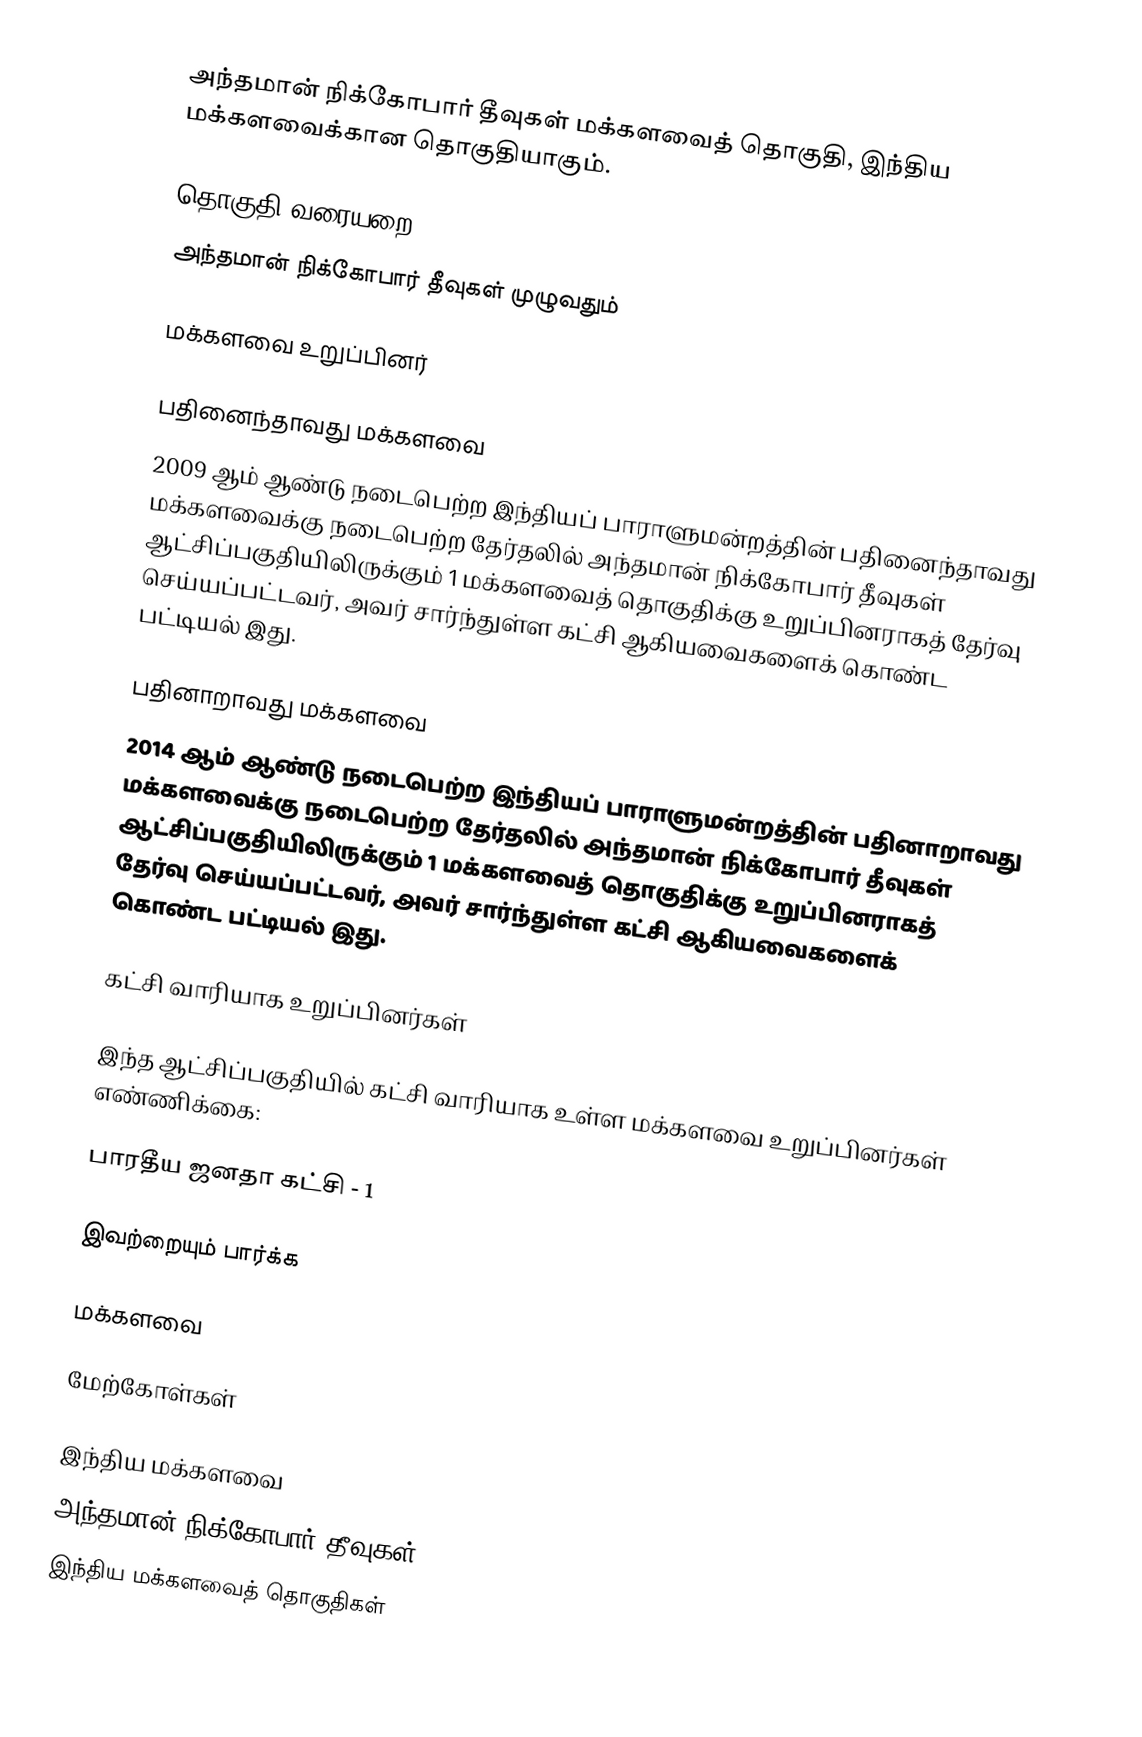
அந்தமான் நிக்கோபார் தீவுகள் மக்களவைத் தொகுதி, இந்திய மக்களவைக்கான தொகுதியாகும்.

தொகுதி வரையறை
 அந்தமான் நிக்கோபார் தீவுகள் முழுவதும்

மக்களவை உறுப்பினர்

பதினைந்தாவது மக்களவை
2009 ஆம் ஆண்டு நடைபெற்ற இந்தியப் பாராளுமன்றத்தின் பதினைந்தாவது மக்களவைக்கு நடைபெற்ற தேர்தலில் அந்தமான் நிக்கோபார் தீவுகள் ஆட்சிப்பகுதியிலிருக்கும் 1 மக்களவைத் தொகுதிக்கு உறுப்பினராகத் தேர்வு செய்யப்பட்டவர், அவர் சார்ந்துள்ள கட்சி ஆகியவைகளைக் கொண்ட பட்டியல் இது.

பதினாறாவது மக்களவை
2014 ஆம் ஆண்டு நடைபெற்ற இந்தியப் பாராளுமன்றத்தின் பதினாறாவது மக்களவைக்கு நடைபெற்ற தேர்தலில் அந்தமான் நிக்கோபார் தீவுகள் ஆட்சிப்பகுதியிலிருக்கும் 1 மக்களவைத் தொகுதிக்கு உறுப்பினராகத் தேர்வு செய்யப்பட்டவர், அவர் சார்ந்துள்ள கட்சி ஆகியவைகளைக் கொண்ட பட்டியல் இது.

கட்சி வாரியாக உறுப்பினர்கள்

இந்த ஆட்சிப்பகுதியில்  கட்சி வாரியாக உள்ள மக்களவை உறுப்பினர்கள் எண்ணிக்கை:

பாரதீய ஜனதா கட்சி - 1

இவற்றையும் பார்க்க

 மக்களவை

மேற்கோள்கள்

இந்திய மக்களவை
அந்தமான் நிக்கோபார் தீவுகள்
இந்திய மக்களவைத் தொகுதிகள்